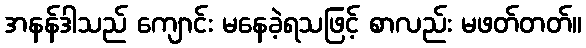
အနန်ဒါသည် ကျောင်း မနေခဲ့ရသဖြင့် စာလည်း မဖတ်တတ်။